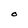
Character: O